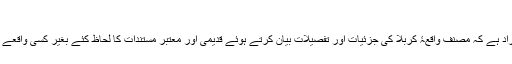
غیر معتبر مقتل
اس عنوان سے مراد ہے کہ مصنف واقعۂ کربلا کی جزئیات اور تفصیلات بیان کرتے ہوئے قدیمی اور معتبر مستندات کا لحاظ کئے بغیر کسی واقعے کو نقل کرتا ہے ۔